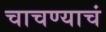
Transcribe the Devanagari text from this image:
चाचण्याचं